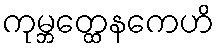
ကုမ္ဘတ္ထေနကေဟိ